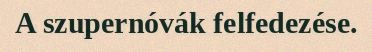
A szupernóvák felfedezése.